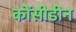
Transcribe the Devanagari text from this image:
कोंसीडीन